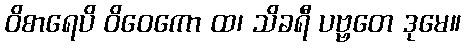
ဝိစာရေပိ ဝိဝေကော ထ၊ သိခရီ ပဗ္ဗတေ ဒုမေ။